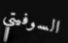
السوفيتي